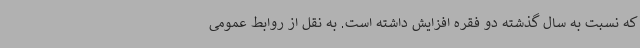
که نسبت به سال گذشته دو فقره افزایش داشته است. به نقل از روابط عمومی